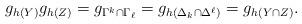
LaTeX: \begin{align*}g_{h(Y)}g_{h(Z)} = g_{\Gamma^k\cap\Gamma_\ell} = g_{h(\Delta_k\cap \Delta^\ell)} = g_{h(Y\cap Z)}.\end{align*}